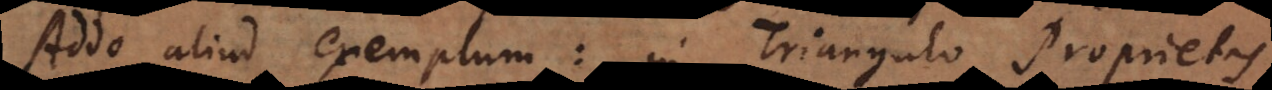
Addo aliud exemplum: in Triangulo Proprietas